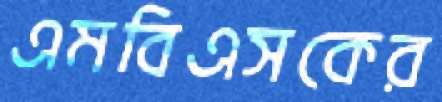
এমবিএসকের